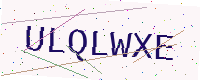
Text: ULQLWXE